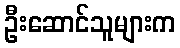
ဦးဆောင်သူများက